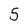
Character: 5